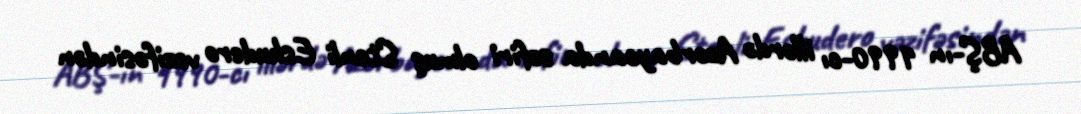
ABŞ-ın 1990-cı illərdə Azərbaycanda səfiri olmuş Stenli Eskudero vəzifəsindən